Annual report on the health of the army in India
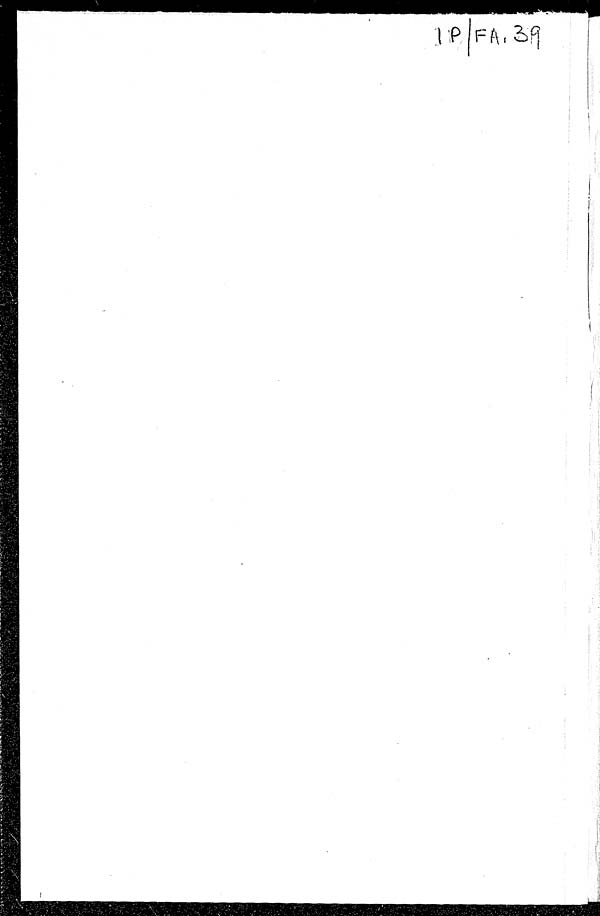
I P / F A , 3 9
M D M S — A 1 . 3 8 ( N )
— — — — — — — —
6 0 0
A N N U A L R E P O R T
ON THE
H E A L T H O F T H E A R M Y I N
I N D I AF
O R T H E Y E A R 1 9 3 8
VOLUME 1
ARMY HEADQUARTERS, INDIA
Medical Directorate
New Delhi
PUBLISHED BY THE MANAGER OF PUBLICATIONS, DELHI
PRINTED BY TILE MANAGER, GOVERNMENT OF INDIA PRESS, NEW DELHI
1940
Price Rs. 3-4-0 or 5s. 3d.